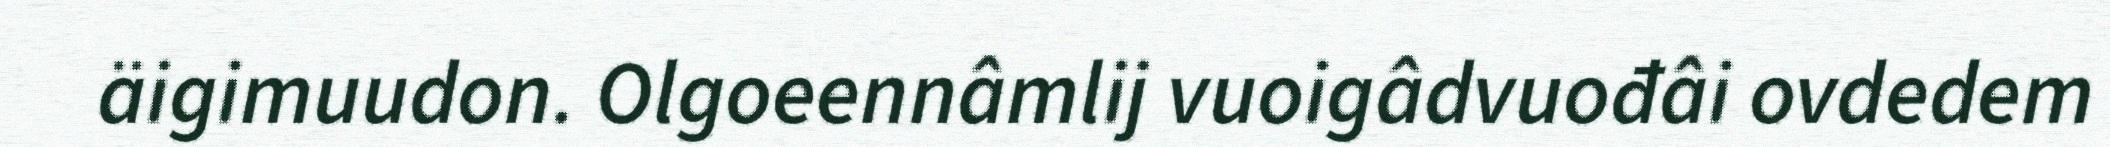
äigimuudon. Olgoeennâmlij vuoigâdvuođâi ovdedem